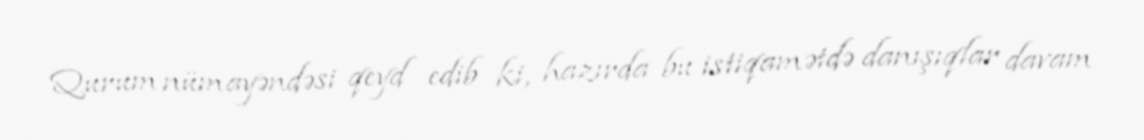
Qurum nümayəndəsi qeyd edib ki, hazırda bu istiqamətdə danışıqlar davam